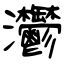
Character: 灪